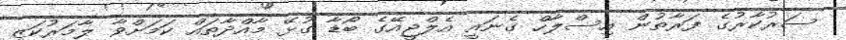
ސަރުކާރުގެ ފަރާތުން އިސްލާހް ގެނައީ އެލްޖީއޭގެ ބޯޑާ ގުޅޭ މާއްދާތައް ކަމަށްވާ ލާމަރުކަޒީ